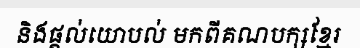
និងផ្តល់យោបល់ មកពីគណបក្សខ្មែរ